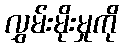
လွှမ်းမိုးမှုကို